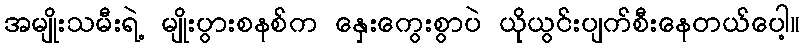
အမျိုးသမီးရဲ့ မျိုးပွားစနစ်က နှေးကွေးစွာပဲ ယိုယွင်းပျက်စီးနေတယ်ပေါ့။